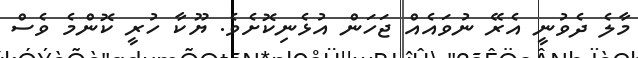
މާލެ ދެވުނީ އެރޭ ނުވައެއް ޖަހަން އުޅެނިކޮށެވެ. ޔޫކާ ހުރީ ކޮންމެ ވެސް